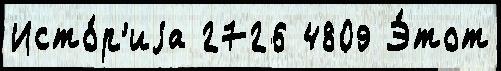
Исто́р'иjа 2726 4809 Э́тот